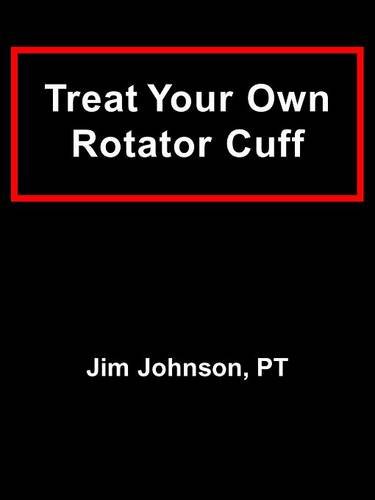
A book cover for Treat Your Own Rotator Cuff; Jim Johnson; Medical Books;